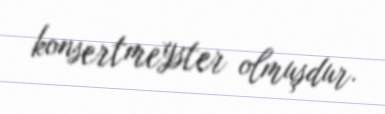
konsertmeyster olmuşdur.